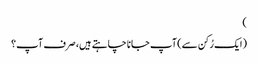
)
(ایک رُکن سے) آپ جانا چاہتے ہیں، صرف آپ؟